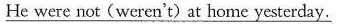
\underline{He were not(weren't)at home yesterday.}